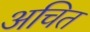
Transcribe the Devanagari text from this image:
अचित